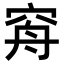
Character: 𥥳